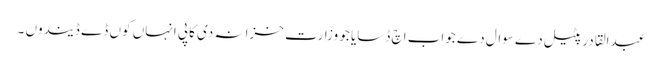
عبدالقادر پٹیل دے سوال دے جواب اچ ڈسایا جو وزارت خزانہ دی کاپی انہاں کوں ڈے ڈیندوں ۔